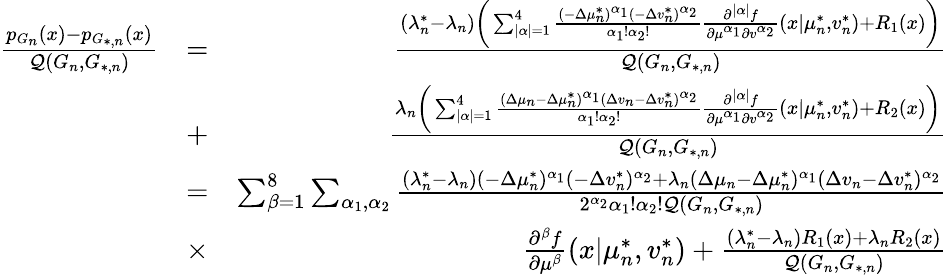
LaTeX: \begin{array}{rlr}{\frac{p_{G_{n}}(x)-p_{G_{*,n}}(x)}{\mathcal{Q}(G_{n},G_{*,n})}}&{=}&{\frac{(\lambda_{n}^{*}-\lambda_{n})\biggr(\sum_{|\alpha|=1}^{4}{\frac{(-\Delta\mu_{n}^{*})^{\alpha_{1}}(-\Delta v_{n}^{*})^{\alpha_{2}}}{\alpha_{1}!\alpha_{2}!}\frac{\partial^{|\alpha|}{f}}{\partial{\mu^{\alpha_{1}}}\partial{v^{\alpha_{2}}}}(x|\mu_{n}^{*},v_{n}^{*})+R_{1}(x)\biggr)}}{\mathcal{Q}(G_{n},G_{*,n})}}\\ &{+}&{\frac{\lambda_{n}\biggr(\sum_{|\alpha|=1}^{4}{\frac{(\Delta\mu_{n}-\Delta\mu_{n}^{*})^{\alpha_{1}}(\Delta v_{n}-\Delta v_{n}^{*})^{\alpha_{2}}}{\alpha_{1}!\alpha_{2}!}\frac{\partial^{|\alpha|}{f}}{\partial{\mu^{\alpha_{1}}}\partial{v^{\alpha_{2}}}}(x|\mu_{n}^{*},v_{n}^{*})+R_{2}(x)\biggr)}}{\mathcal{Q}(G_{n},G_{*,n})}}\\ &{=}&{\sum_{\beta=1}^{8}\sum_{\alpha_{1},\alpha_{2}}{\frac{(\lambda_{n}^{*}-\lambda_{n})(-\Delta\mu_{n}^{*})^{\alpha_{1}}(-\Delta v_{n}^{*})^{\alpha_{2}}+\lambda_{n}(\Delta\mu_{n}-\Delta\mu_{n}^{*})^{\alpha_{1}}(\Delta v_{n}-\Delta v_{n}^{*})^{\alpha_{2}}}{2^{\alpha_{2}}\alpha_{1}!\alpha_{2}!\mathcal{Q}(G_{n},G_{*,n})}}}\\ &{\times}&{\frac{\partial^{\beta}{f}}{\partial{\mu^{\beta}}}(x|\mu_{n}^{*},v_{n}^{*})+\frac{(\lambda_{n}^{*}-\lambda_{n})R_{1}(x)+\lambda_{n}R_{2}(x)}{\mathcal{Q}(G_{n},G_{*,n})}}\end{array}